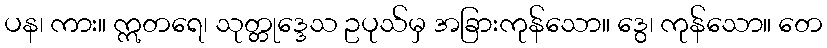
ပန၊ ကား။ ဣတရေ၊ သုတ္တုဒ္ဒေသ ဥပုသ်မှ အခြားကုန်သော။ ဒွေ၊ ကုန်သော။ တေ